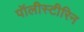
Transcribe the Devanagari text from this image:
पॉलीस्टीरिन